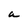
Character: a